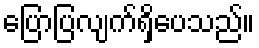
ပြောပြလျက်ရှိပေသည်။